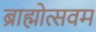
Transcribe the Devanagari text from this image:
ब्राह्मोत्सवम